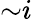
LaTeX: {\sim}i